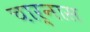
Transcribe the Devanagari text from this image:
चार्नास